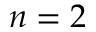
n = 2